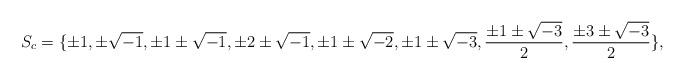
LaTeX: \begin{align*}S_{c}=\{\pm1,\pm\sqrt{-1},\pm1\pm\sqrt{-1},\pm2\pm\sqrt{-1},\pm1\pm\sqrt{-2},\pm1\pm\sqrt{-3},\frac{\pm1\pm\sqrt{-3}}{2} ,\frac{\pm3\pm\sqrt{-3}}{2}\},\end{align*}